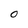
Character: 0